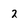
Character: 2